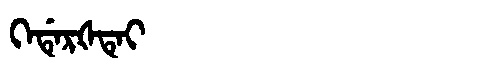
Manchu: ᡴᡝᡩᡝᡵᡧᡨᡝᡳ
Romanization: KEDERŠTEI